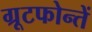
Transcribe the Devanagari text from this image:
ग्रूटफोन्तें